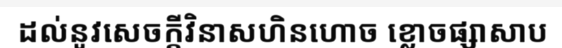
ដល់នូវសេចក្តីវិនាសហិនហោច ខ្លោចផ្សាសាប